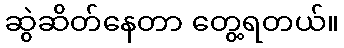
ဆွဲဆိတ်နေတာ တွေ့ရတယ်။